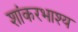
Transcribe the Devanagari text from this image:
शांकरभाश्य